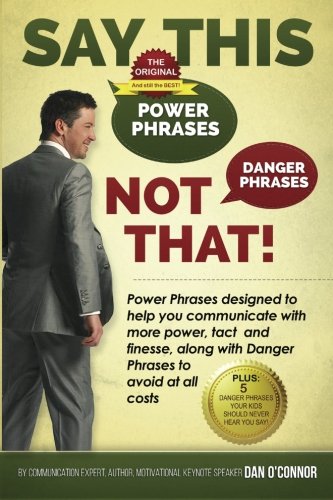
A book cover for Say This--NOT THAT: Power phrases designed to help you communicate with power, tact, and finesse, along with danger phrases to avoid at all costs; Dan O'Connor; Self-Help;